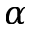
\alpha